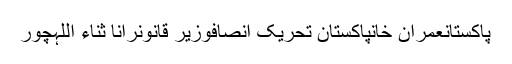
پاکستانعمران خانپاکستان تحریک انصافوزیر قانونرانا ثناء اللہچور